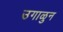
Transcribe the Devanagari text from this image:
उगाळुन